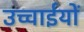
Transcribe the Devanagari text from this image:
उच्चाईयों